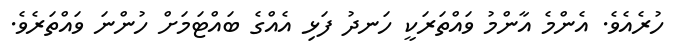
ހުރެއެވެ. އެންމެ އާންމު ވައްތަރަކީ ހަނދު ފަޅި އެއްގެ ބައްޓަމަށް ހުންނަ ވައްތަރެވެ.